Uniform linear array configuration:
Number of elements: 8
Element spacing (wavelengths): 0.5
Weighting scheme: hann
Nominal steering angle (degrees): -30
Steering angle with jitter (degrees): -28.318
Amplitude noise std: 0.05
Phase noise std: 0.05

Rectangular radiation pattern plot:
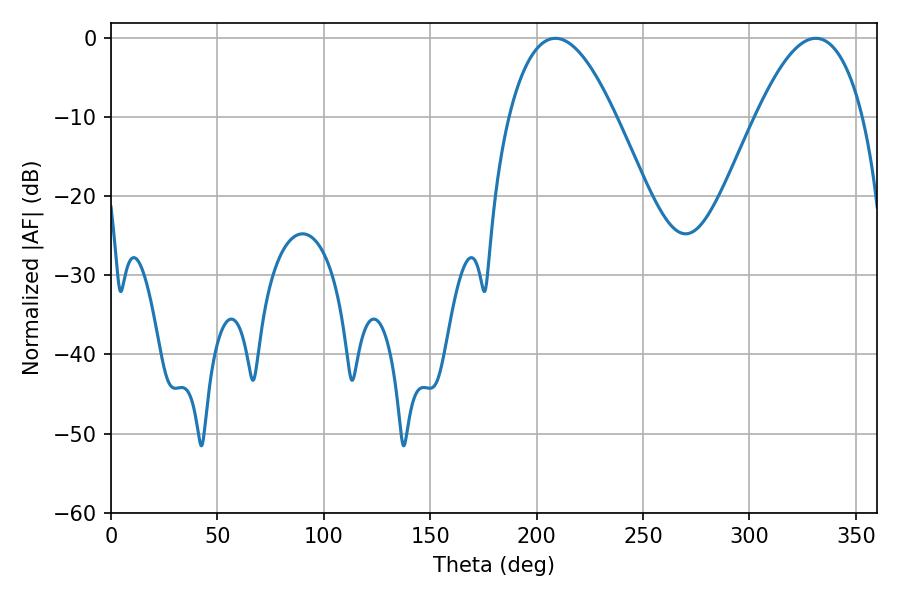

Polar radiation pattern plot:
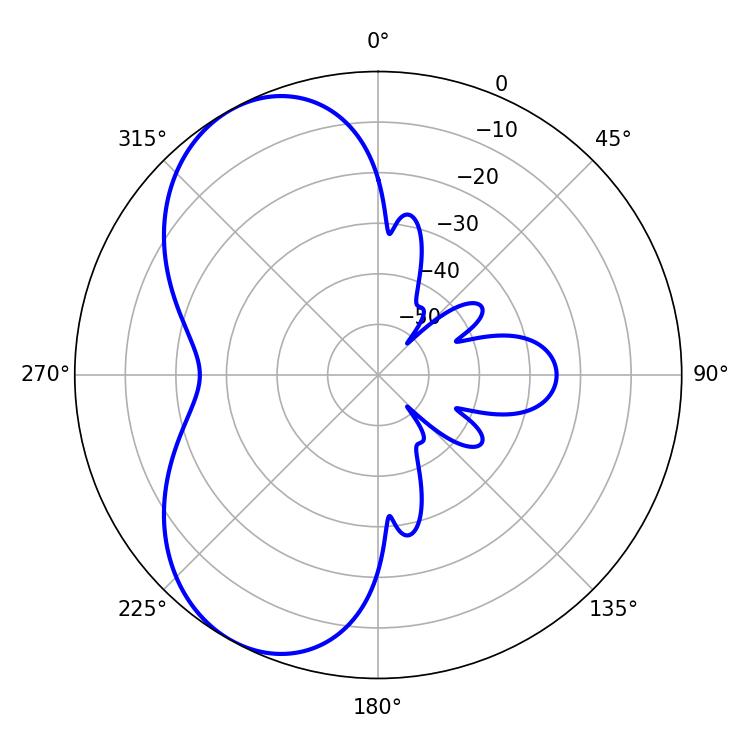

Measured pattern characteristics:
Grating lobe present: FALSE
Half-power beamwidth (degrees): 27.54
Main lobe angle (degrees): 208.8